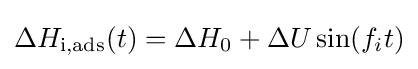
\Delta H_{\text{i,ads}}(t)=\Delta H_{\text{0}}+\Delta U\sin(f_{i}t)